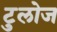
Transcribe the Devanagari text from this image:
टुलोज